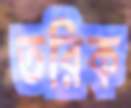
তরিক